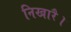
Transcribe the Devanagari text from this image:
निखारै।